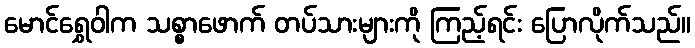
မောင်ရွှေဝါက သစ္စာဖောက် တပ်သားများကို ကြည့်ရင်း ပြောလိုက်သည်။